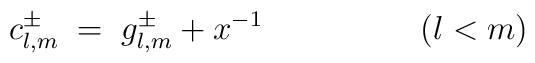
c_{l,m}^\pm \;=\; g_{l,m}^\pm + x^{-1}\hspace{2cm} (l<m)